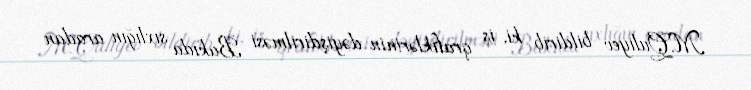
M.Quliyev bildirib ki, iş qrafiklərinin dəyişdirilməsi Bakıda sıxlığın aradan